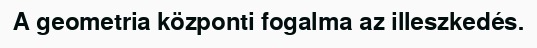
A geometria központi fogalma az illeszkedés.